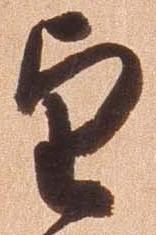
望